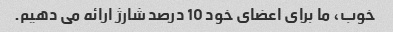
خوب، ما برای اعضای خود 10 درصد شارژ ارائه می دهیم.